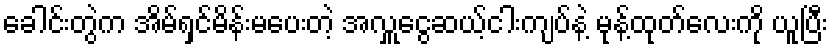
ခေါင်းတွဲက အိမ်ရှင်မိန်းမပေးတဲ့ အလှူငွေဆယ့်ငါးကျပ်နဲ့ မုန့်ထုတ်လေးကို ယူပြီး